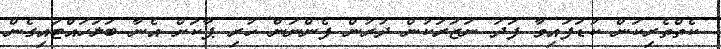
ކެތްތެރިކަން ކުޑަފައިވާ ފަދަ ނަޒަރަކުން ދުރުން ފެންނަން ހުރި ޕާކަށް އެނާ ބަލަހައްޓައިގެން